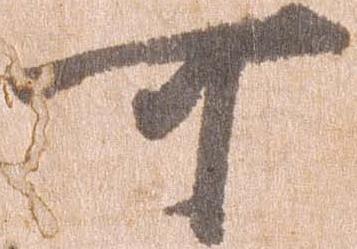
可